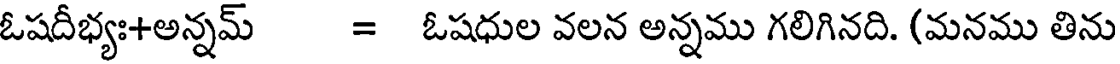
ఓషదీభ్యః+అన్నమ్ = ఓషధుల వలన అన్నము గలిగినది. (మనము తిను